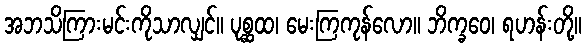
အဘသိကြားမင်းကိုသာလျှင်။ ပုစ္ဆထ၊ မေးကြကုန်လော။ ဘိက္ခဝေ၊ ရဟန်းတို့။